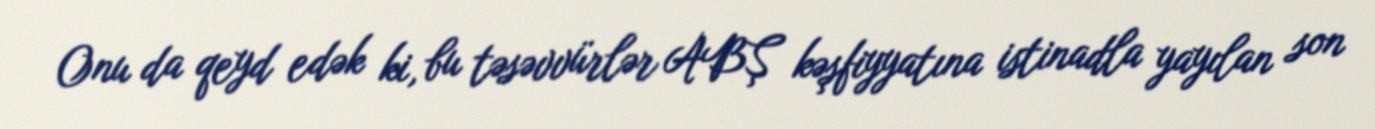
Onu da qeyd edək ki, bu təsəvvürlər ABŞ kəşfiyyatına istinadla yayılan son